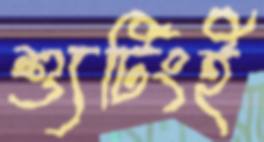
শ্যুটিংই